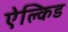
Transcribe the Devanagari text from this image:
ऐल्किड